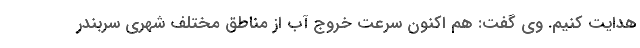
هدایت کنیم. وی گفت: هم اکنون سرعت خروج آب از مناطق مختلف شهری سربندر